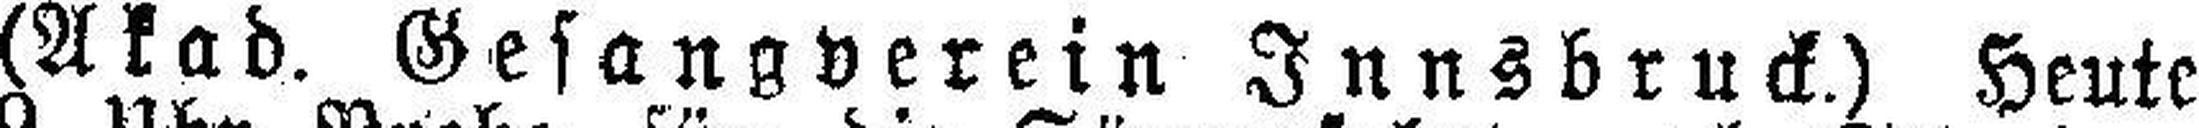
(Akad. Gesangverein Innsbruck.) Heute